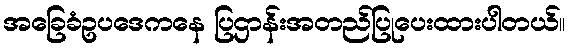
အခြေခံဥပဒေကနေ ပြဌာန်းအတည်ပြုပေးထားပါတယ်။